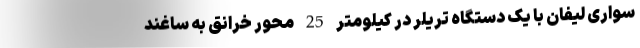
سواری لیفان با یک دستگاه تریلر در کیلومتر 25 محور خرانق به ساغند